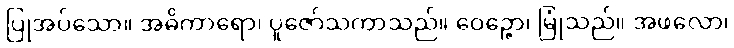
ပြုအပ်သော။ အဓိကာရော၊ ပူဇော်သကာသည်။ ဝေဉ္ဇော၊ မြုံသည်။ အဖလော၊